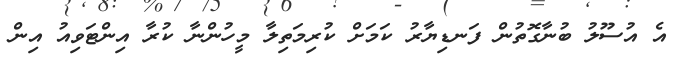
އެ އުސޫލު ބުނާގޮތުން ފަނޑިޔާރު ކަމަށް ކުރިމަތިލާ މީހުންނާ ކުރާ އިންޓަވިއު އިން